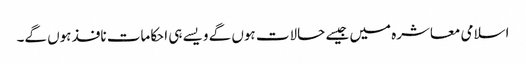
اسلامی معاشرہ میں جیسے حالات ہوں گے ویسے ہی احکامات نافذ ہوں گے۔